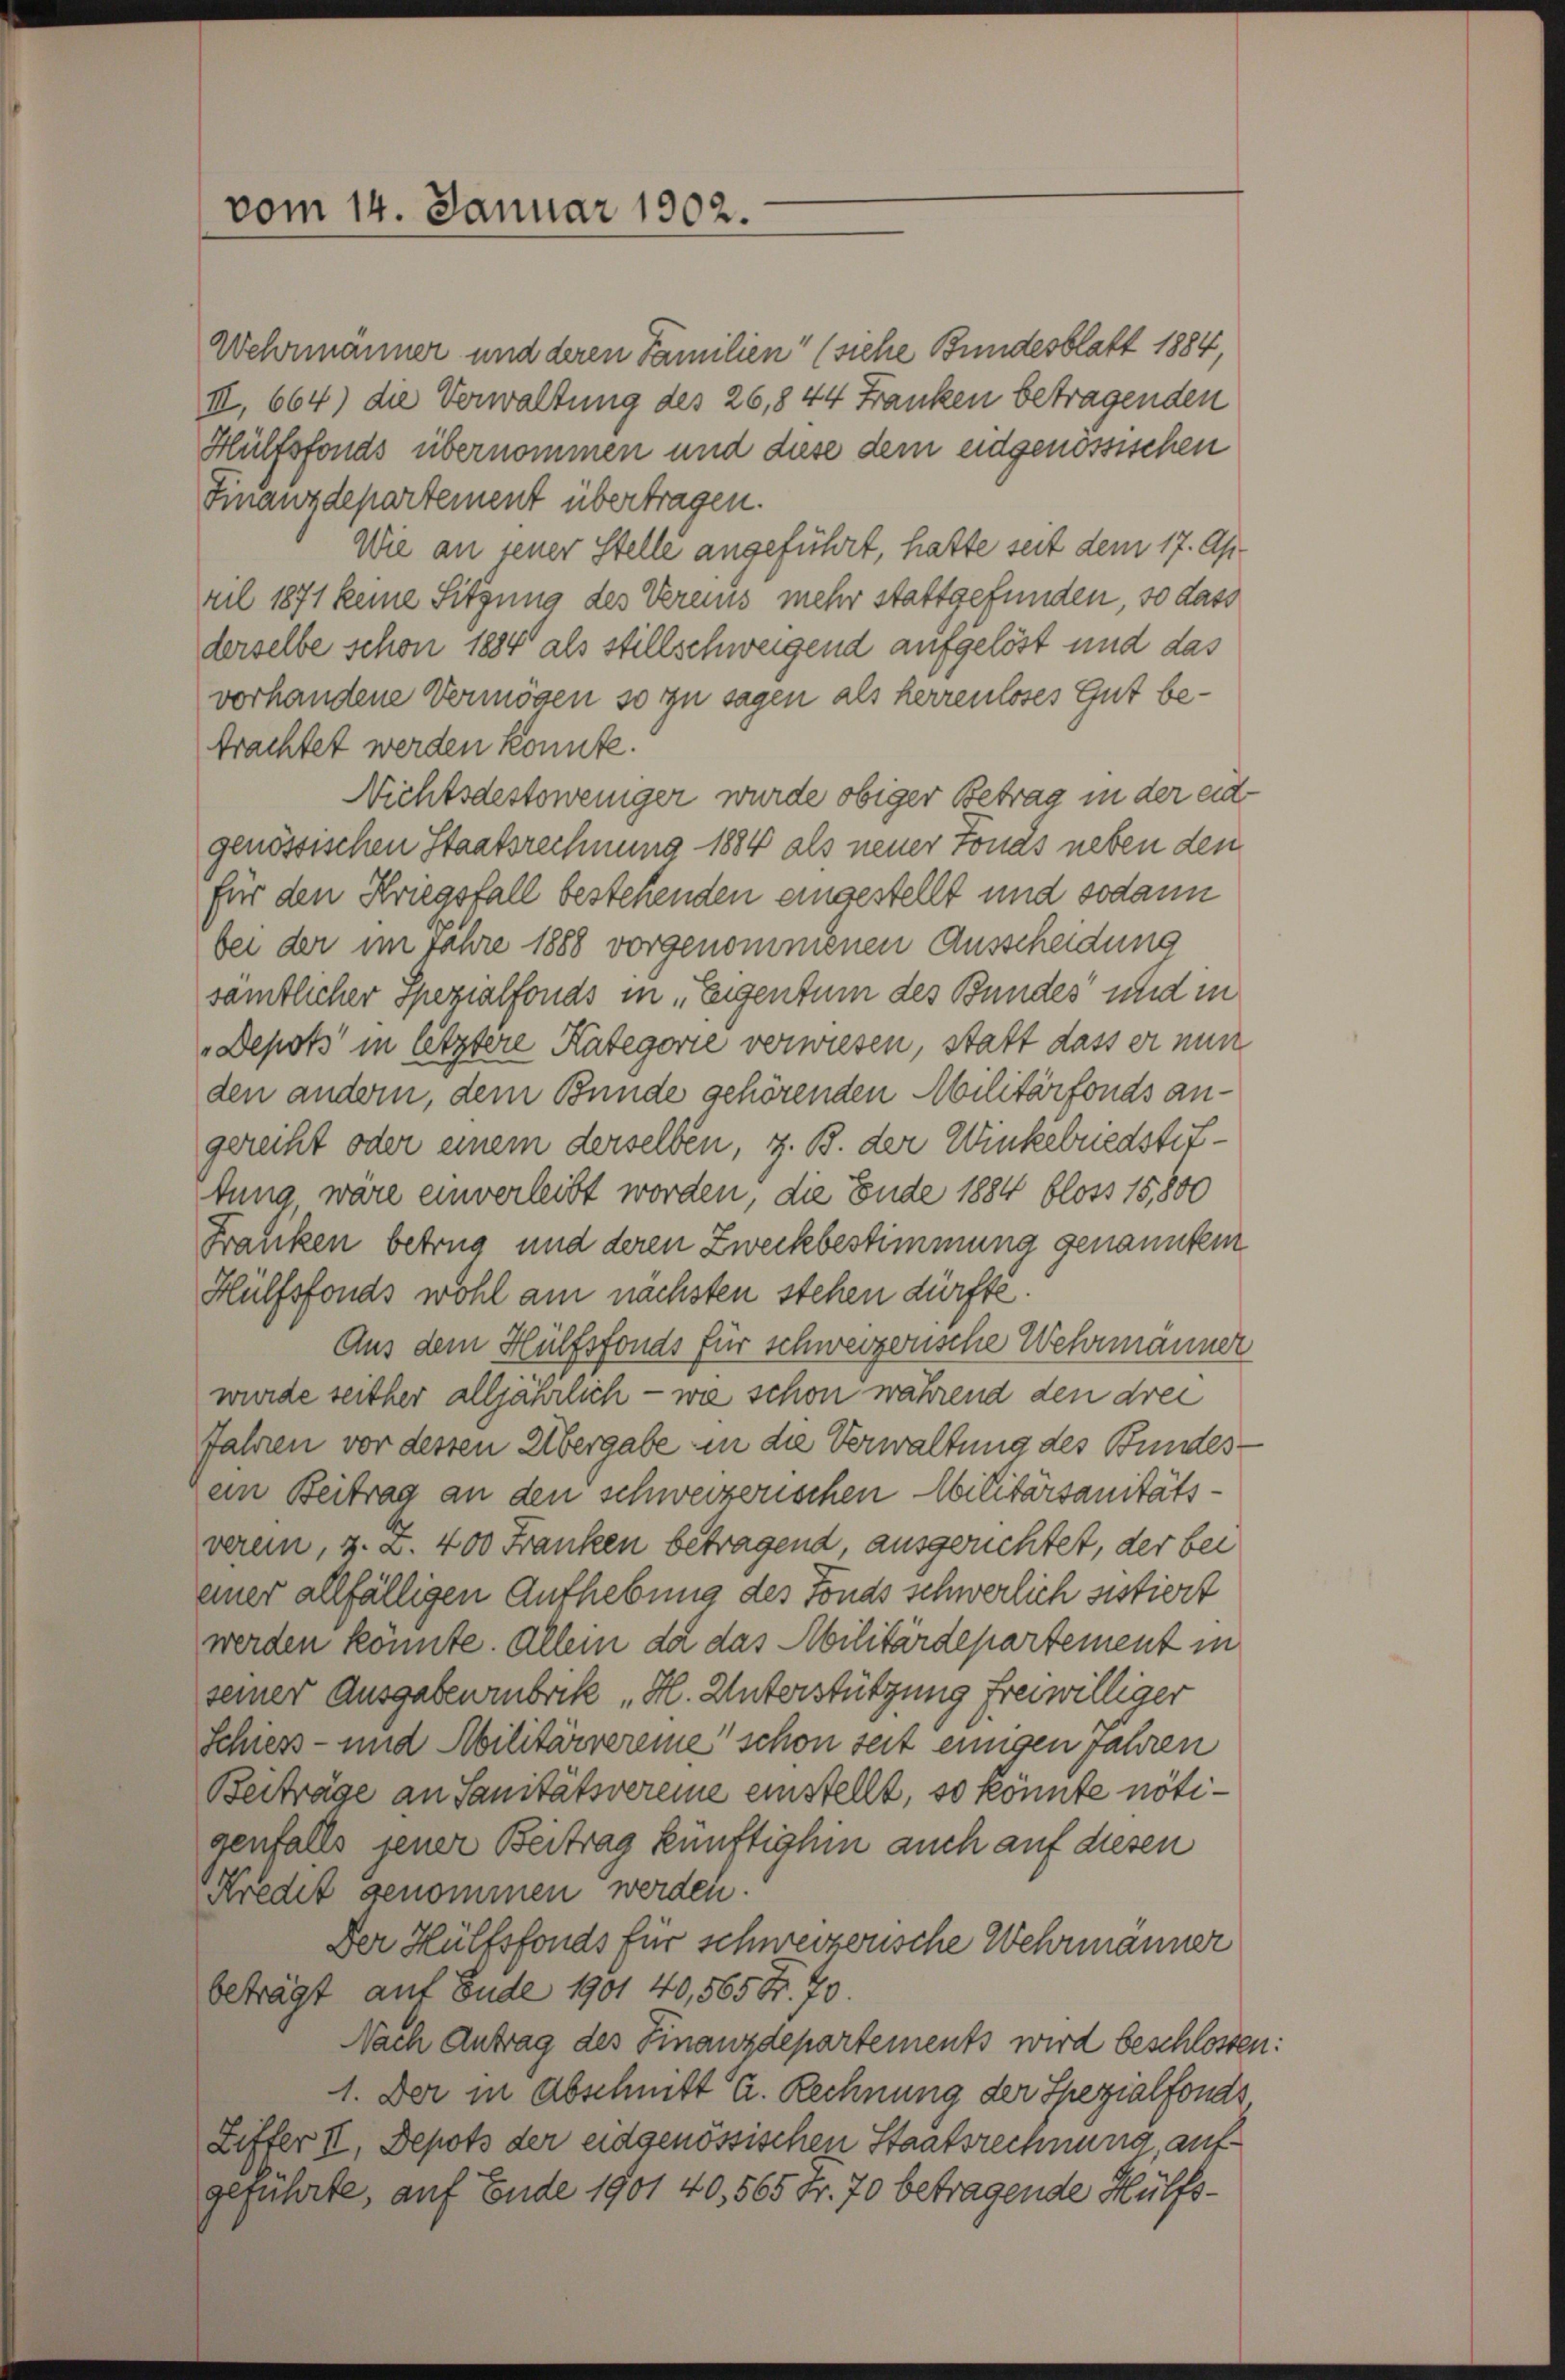
vom 14. Januar 1902.

Wehrmänner und deren Familien (siehe Bundesblatt 1884,
III, 664) die Verwaltung des 26,844 Franken betragenden
Hülfsfonds übernommen und diese dem eidgenössischen
Finanzdepartement übertragen.
Wie an seiner Stelle angeführt, hatte seit dem 17. Apr
ril 1871 keine Sitzung des Vereins mehr stattgefunden, so dass
derselbe schon 1884 als stillschweigend aufgelöst und das
vorhandene Vermögen so zu sagen als herrenloses Gut betrachtet werden könnte.
Nichtsdestoweniger wurde obiger Betrag in der eid.
genössischen Staatsrechnung 1884 als neuer Fonds neben den
für den Kriegsfall bestehenden eingestellt und sodann
bei der im Jahre 1888 vorgenommenen Ausscheidung
sämtlicher spezialfonds in „Eigentum des Bundes und in
Depots in letztere Kategorie verwiesen, statt dass er nun
den andern, dem Bunde gehörenden Militärfonds angereiht oder einem derselben, z. B. der Winkelriedstiftung wäre einverleibt worden, die Ende 1884 bloss 15,800
Franken betrug und deren Zweckbestimmung genanntem
Hülfsfonds wohl am nächsten stehen dürfte.
Aus dem Hülfsfonds für schweizerische Wehrmänner
wurde seither alljährlich — wie schon während den drei
Jahren vor dessen Übergabe in die Verwaltung des Bundesein Beitrag an den schweizerischen Militärsanitätsverein, z. Z. 400 Franken betragend, ausgerichtet, der bei
einer allfälligen Aufhebung des Tonas schwerlich sistiert
werden könnte. Allein da das Militärdepartement in
seiner Ausgabenrubrik „H. Unterstützung freiwilliger
Schiess- und Militärvereine schon seit einigen Jahren
Beiträge an Sanitätsvereine einstellt, so könnte nötigenfalls jener Beitrag künftighin auch auf diesen
Fredit genommen werden.
Der Hülfsfonds für schweizerische Wehrmänner
beträgt auf Ende 1901 40,565 Fr. 70.
Nach Antrag des Finanzdepartements wird beschlossen:
1. Der in Abschnitt A. Rechnung der Spezialfonds
Liffer II, Depots der eidgenössischen Staatsrechnung aufgeführte, auf Ende 1901 40,565 Fr. 70 betragende Hülfs¬